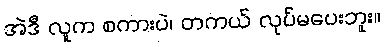
အဲဒီ လူက စကားပဲ၊ တကယ် လုပ်မပေးဘူး။